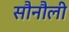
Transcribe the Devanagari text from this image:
सौनौली